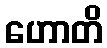
ဟောတိ